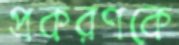
প্রকরণকে